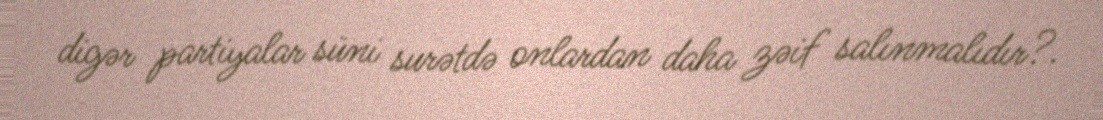
digər partiyalar süni surətdə onlardan daha zəif salınmalıdır?.